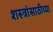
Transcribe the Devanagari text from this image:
शस्त्रांसाठीच्या